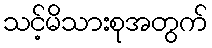
သင့်မိသားစုအတွက်